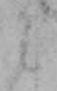
ミ